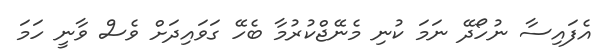
އެފައިސާ ނުހޯދޭ ނަމަ ކުނި މެނޭޖްކުރުމާ ބެހޭ ގަވައިދަށް ވެސް ވާނީ ހަމަ